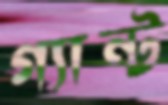
গ্যান্ট